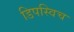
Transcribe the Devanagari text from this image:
डिपस्विच